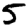
Digit: 5